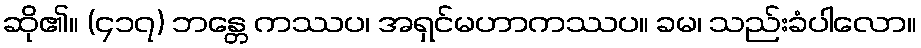
ဆို၏။ (၄၁၇) ဘန္တေ ကဿပ၊ အရှင်မဟာကဿပ။ ခမ၊ သည်းခံပါလော။